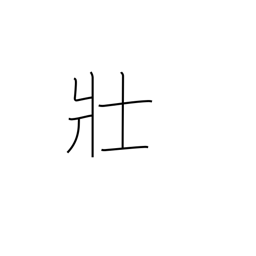
Meaning: name of tribe